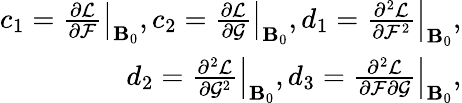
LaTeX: \begin{array}{r}{c_{1}=\left.\frac{\partial{\cal L}}{\partial{\cal F}}\right|_{{\mathbf B}_{0}},\left.c_{2}=\frac{\partial{\cal L}}{\partial{\cal G}}\right|_{{\mathbf B}_{0}},\left.d_{1}=\frac{\partial^{2}{\cal L}}{\partial{\cal F}^{2}}\right|_{{\mathbf B}_{0}},}\\ {\left.d_{2}=\frac{\partial^{2}{\cal L}}{\partial{\cal G}^{2}}\right|_{{\mathbf B}_{0}},\left.d_{3}=\frac{\partial^{2}{\cal L}}{\partial{\cal F}\partial{\cal G}}\right|_{{\mathbf B}_{0}},}\end{array}